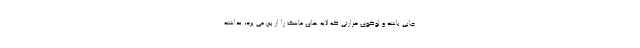
چاپی باشد و لوگوی حرارتی که لایه های ماسک را از بین می برد، نداشته